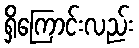
ရှိကြောင်းလည်း